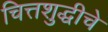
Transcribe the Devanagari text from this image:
चित्तशुद्धीचे